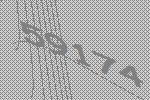
59174